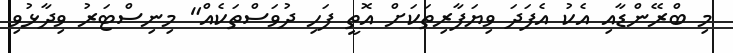
މި ބްރޭންޑާއި އެކު އެފަދަ ވިޔަފާރިތަކަށް އޮތީ ފަހި ދުވަސްތަކެއް" މިނިސްޓަރު ވިދާޅުވި